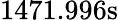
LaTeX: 1471.996\mathrm{s}